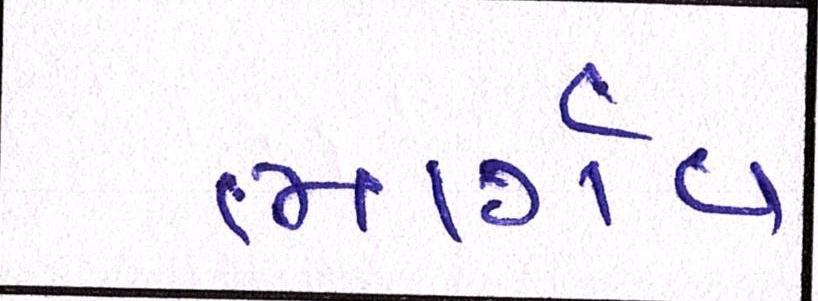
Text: ભાર્ગવ